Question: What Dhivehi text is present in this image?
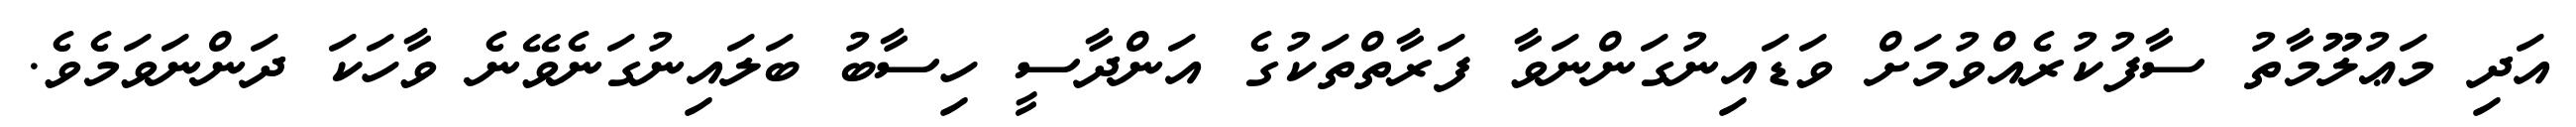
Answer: އަދި މަޢުލޫމާތު ސާފުކުރެއްވުމަށް ވަޑައިނުގަންނަވާ ފަރާތްތަކުގެ އަންދާސީ ހިސާބު ބަލައިނުގަނެވޭނެ ވާހަކަ ދަންނަވަމެވެ.